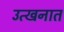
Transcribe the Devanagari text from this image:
उत्खनात